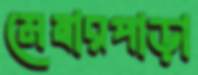
মেম্বারপাড়া